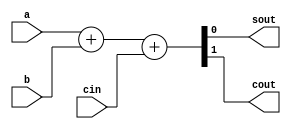
`timescale 1ns / 1ps
//////////////////////////////////////////////////////////////////////////////////
// Company: DD2 course 
// ID: 900193887
//////////////////////////////////////////////////////////////////////////////////

module FA(sout,cout,a,b,cin);
  output sout,cout;
  input a,b,cin;
  assign {cout, sout}= a+b+cin;
//  assign sout=(a^b^cin);
//  assign cout=((a&b)|(a&cin)|(b&cin));
endmodule